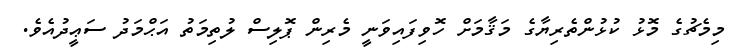
މިމެޗުގެ މޮޅު ކުޅުންތެރިޔާގެ މަޤާމަށް ހޮވިފައިވަނީ މެރިން ޕޮލިސް ލުތިމަތު އަޙްމަދު ސަޢީދުއެވެ.